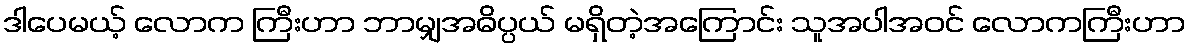
ဒါပေမယ့် လောက ကြီးဟာ ဘာမျှအဓိပ္ပယ် မရှိတဲ့အကြောင်း သူအပါအဝင် လောကကြီးဟာ